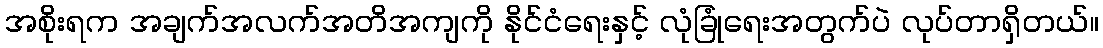
အစိုးရက အချက်အလက်အတိအကျကို နိုင်ငံရေးနှင့် လုံခြုံရေးအတွက်ပဲ လုပ်တာရှိတယ်။